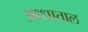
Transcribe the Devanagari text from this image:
अध्धाताल